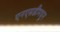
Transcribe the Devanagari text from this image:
एनएसडीमधून